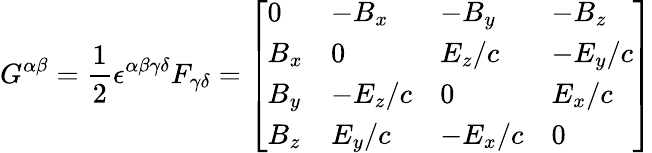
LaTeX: {G^{\alpha\beta}={\frac{1}{2}}\epsilon^{\alpha\beta\gamma\delta}F_{\gamma\delta}={\left[\begin{array}{llll}{0}&{-B_{x}}&{-B_{y}}&{-B_{z}}\\ {B_{x}}&{0}&{E_{z}/c}&{-E_{y}/c}\\ {B_{y}}&{-E_{z}/c}&{0}&{E_{x}/c}\\ {B_{z}}&{E_{y}/c}&{-E_{x}/c}&{0}\end{array}\right]}}